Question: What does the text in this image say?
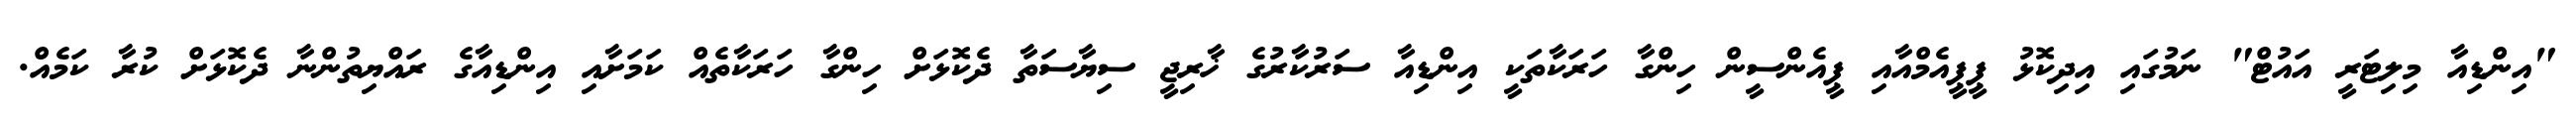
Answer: "އިންޑިއާ މިލިޓަރީ އައުޓް" ނަމުގައި އިދިކޮޅު ޕީޕީއެމްއާއި ޕީއެންސީން ހިންގާ ހަރަކާތަކީ އިންޑިއާ ސަރުކާރުގެ ޚާރިޖީ ސިޔާސަތާ ދެކޮޅަށް ހިންގާ ހަރަކާތެއް ކަމަށާއި އިންޑިއާގެ ރައްޔިތުންނާ ދެކޮޅަށް ކުރާ ކަމެއް.